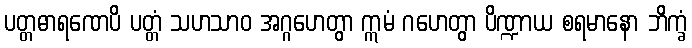
ပတ္တဓာရဏေပိ ပတ္တံ သဟသာဝ အဂ္ဂဟေတွာ ဣမံ ဂဟေတွာ ပိဏ္ဍာယ စရမာနော ဘိက္ခံ